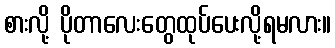
စားလို့ ပိုတာလေးတွေထုပ်ပေးလို့ရမလား။